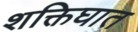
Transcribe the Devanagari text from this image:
शक्तिघात